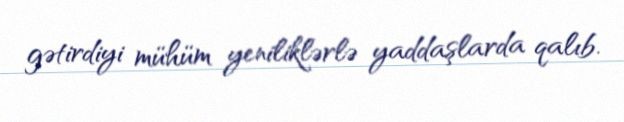
gətirdiyi mühüm yeniliklərlə yaddaşlarda qalıb.